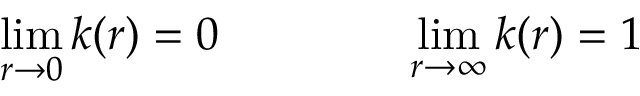
\operatorname * { l i m } _ { r \rightarrow 0 } k ( r ) = 0 \qquad \qquad \operatorname * { l i m } _ { r \rightarrow \infty } k ( r ) = 1